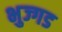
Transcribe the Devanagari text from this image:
भुज्गड